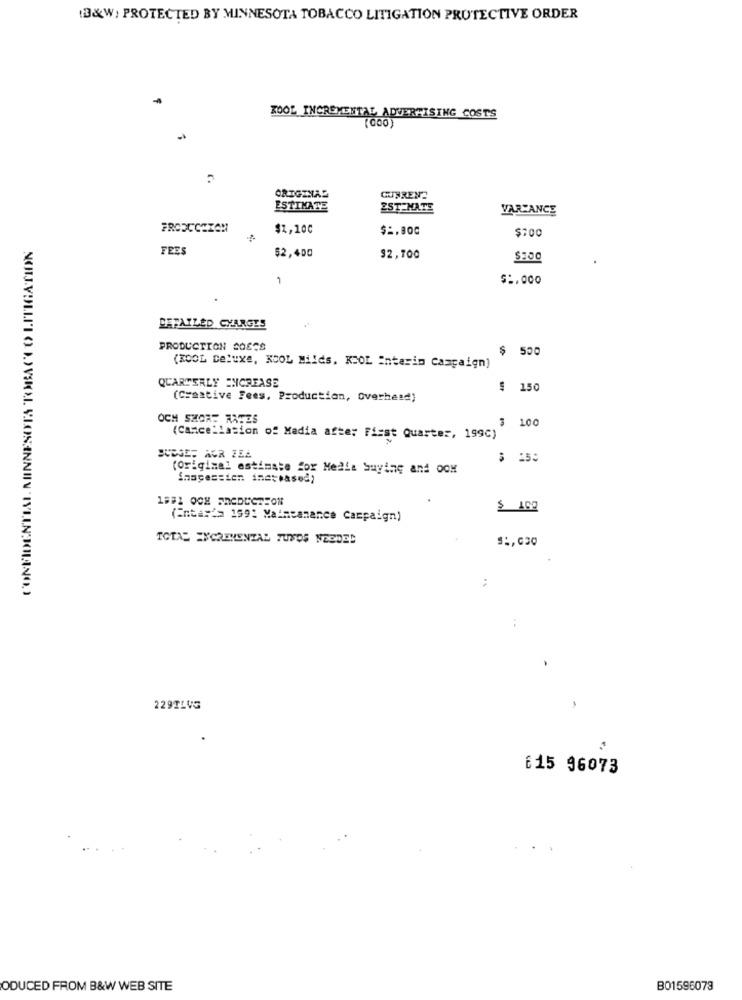
(B&W; PROTECTED BY MINNESOTA TOBACCO LITIGATION PROTECTIVE ORDER
KOOL INCREMENTAL ADVERTISING COSTS
ORIGINAL
CURRENT
ESTIMATE
2ST-MATE
VAR:ANCE
PRODUCTION
$1,100
$2.800
$700
FEES
$2,400
92,700
1
$ :. 000
DEFAILED CHARGES
PRODUCTION SOSCS
$ 500
(KOOL Deluxe, KOOL Milds, KCOL Interim Campaign)
QUARTERLY INCREASE
$ 150
(Creative Fees, Production, Overhead)
OCH SHORE RATES
3 1
(Cancellation of Media after First Quarter, 199C)
JUDGE; AGR ZEA
(Original estimate for Media buying and OOK
Shapessien increased)
(Entay's 1991 Maimeanance Campaign)
TOTAL ENCRENENZAL FUNDS NEEDED
:
NOUVELLETO MOVEON BLOSENNIN TYLEN MILANO
229TLVG
6 15 96073
ODUCED FROM B&W WEB SITE
B01595073